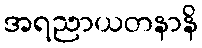
အရညာယတနာနိ